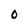
Character: 0